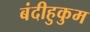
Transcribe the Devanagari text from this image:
बंदीहुकुम